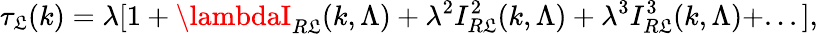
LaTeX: \tau_{\mathfrak{L}}(k)=\lambda[1+\lambdaI_{R\mathfrak{L}}(k,\Lambda)+\lambda^{2}I_{R\mathfrak{L}}^{2}(k,\Lambda)+\lambda^{3}I_{R\mathfrak{L}}^{3}(k,\Lambda)+...],